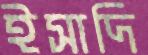
ইসাদি